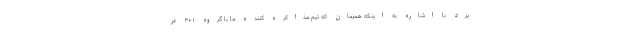
یزد با اشاره به اینکه همزمان که تیم مذاکره کننده ما با گروه ۱+۴ در